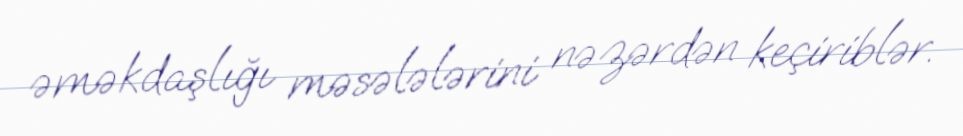
əməkdaşlığı məsələlərini nəzərdən keçiriblər.